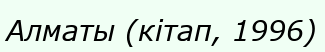
Алматы (кітап, 1996)